Indian journal of veterinary science and animal husbandry - Volume 9,
Year: 1939
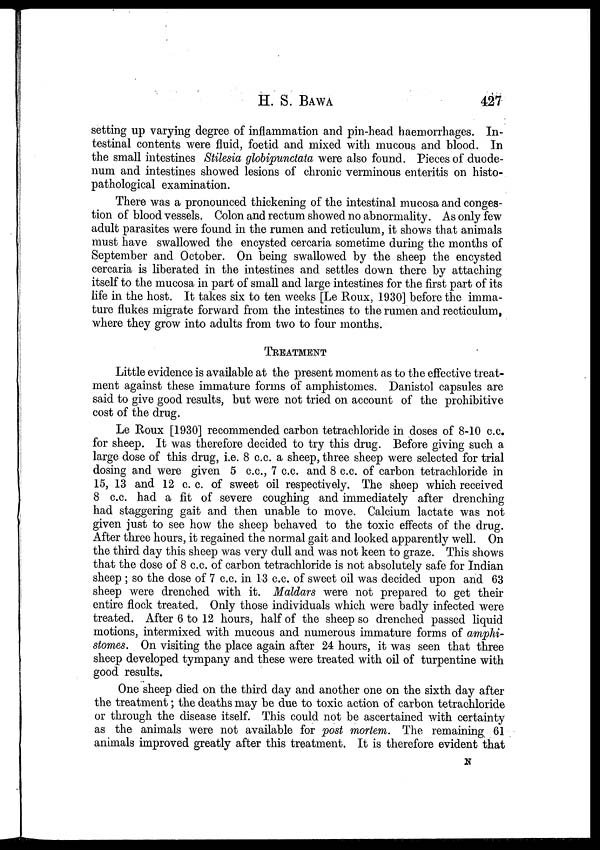
H. S.
BAWA
427
setting up varying degree of inflammation and pin-head haemorrhages. In-
testinal contents were fluid, foetid and mixed with mucous and blood. In
the small intestines Stilesia globipunctata were also found. Pieces of duode-
num and intestines showed lesions of chronic verminous enteritis on histo-
pathological examination.
There was a pronounced thickening of the intestinal mucosa and conges-
tion of blood vessels. Colon and rectum showed no abnormality. As only few
adult parasites were found in the rumen and reticulum, it shows that animals
must have swallowed the encysted cercaria sometime during the months of
September and October. On being swallowed by the sheep the encysted
cercaria is liberated in the intestines and settles down there by attaching
itself to the mucosa in part of small and large intestines for the first part of its
life in the host. It takes six to ten weeks [Le Roux, 1930] before the imma-
ture flukes migrate forward from the intestines to the rumen and recticulum,
where they grow into adults from two to four months.
TREATMENT
Little evidence is available at the present moment as to the effective treat-
ment against these immature forms of amphistomes. Danistol capsules are
said to give good results, but were not tried on account of the prohibitive
cost of the drug.
Le Roux [1930] recommended carbon tetrachloride in doses of 8-10 c.c.
for sheep. It was therefore decided to try this drug. Before giving such a
large dose of this drug, i.e. 8 c.c. a sheep, three sheep were selected for trial
dosing and were given 5 c.c., 7 c.c. and 8 c.c. of carbon tetrachloride in
15, 13 and 12 c. c. of sweet oil respectively. The sheep which received
8 c.c. had a fit of severe coughing and immediately after drenching
had staggering gait and then unable to move. Calcium lactate was not
given just to see how the sheep behaved to the toxic effects of the drug.
After three hours, it regained the normal gait and looked apparently well. On
the third day this sheep was very dull and was not keen to graze. This shows
that the dose of 8 c.c. of carbon tetrachloride is not absolutely safe for Indian
sheep ; so the dose of 7 c.c. in 13 c.c. of sweet oil was decided upon and 63
sheep were drenched with it. Maldars were not prepared to get their
entire flock treated. Only those individuals which were badly infected were
treated. After 6 to 12 hours, half of the sheep so drenched passed liquid
motions, intermixed with mucous and numerous immature forms of amphi-
stomes. On visiting the place again after 24 hours, it was seen that three
sheep developed tympany and these were treated with oil of turpentine with
good results.
One sheep died on the third day and another one on the sixth day after
the treatment; the deaths may be due to toxic action of carbon tetrachloride
or through the disease itself. This could not be ascertained with certainty
as the animals were not available for post mortem. The remaining 61
animals improved greatly after this treatment. It is therefore evident that
N